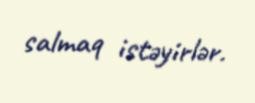
salmaq istəyirlər.